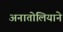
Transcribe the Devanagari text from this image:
अनातोलियाने